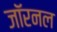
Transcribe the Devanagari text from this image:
जॉरनल